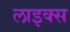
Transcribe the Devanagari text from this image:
लाइक्‍स